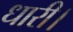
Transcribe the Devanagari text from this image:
धारी।